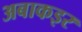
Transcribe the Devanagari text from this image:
अबाकइर